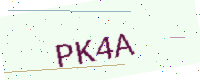
Text: PK4A